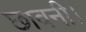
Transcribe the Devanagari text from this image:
छावनी।